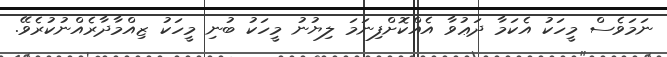
ނަމަވެސް މީހަކު އެކަމާ ދަޢުވާ އެއްކޮށްފިނަމަ ލިޔުނު މީހަކު ބުނި މީހަކު ޒިއްމާދާރެއްނުކުރެވޭ.